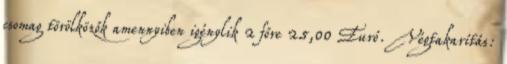
csomag törölközők amennyiben igénylik 2 főre 25,00 Euró. Végtakarítás: